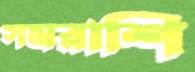
সমরাশি